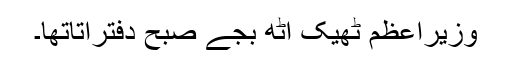
وزیراعظم ٹھیک آٹھ بجے صبح دفترآتاتھا۔